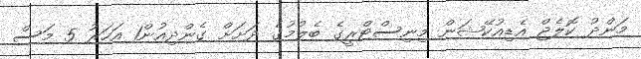
މަންދު ކޮލެޖް އެޑިއުކޭޝަން މިނިސްޓްރީގެ ބެލުމުގެ ދަށަށް ގެންދިއުން1 އަހަރު 5 މަސް